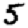
Digit: 5